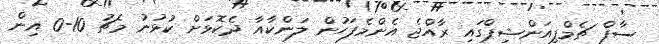
ސާފް ޗެމްޕިއަންޝިޕްގައި ރާއްޖެ އެންމެފަހުން ލަންކާއާ ދެކޮޅަށް ކުޅުނު މެޗު 10-0 އިން